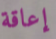
إعاقة